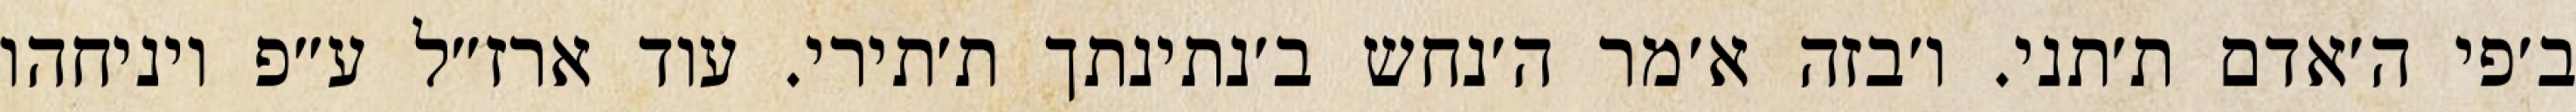
ב׳פי ה׳אדם ת׳תני. ו׳בזה א׳מר ה׳נחש ב׳נתינתך ת׳תירי. עוד ארז״ל ע״פ ויניחהו